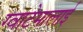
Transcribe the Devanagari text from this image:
ग्वाटेमालाई